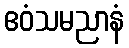
ဧဝံသမညာနံ